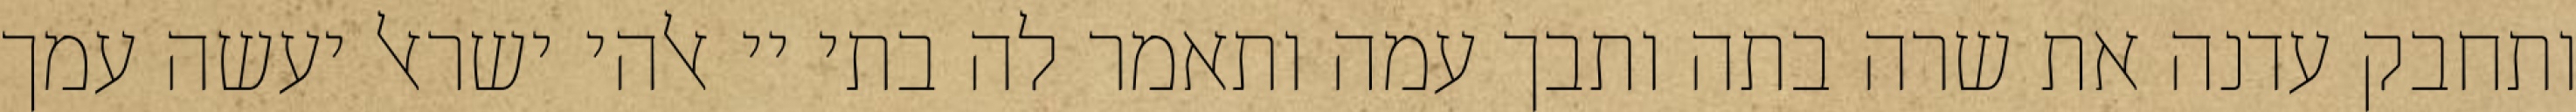
ותחבק עדנה את שרה בתה ותבך עמה ותאמר לה בתי יי אלהי ישראל יעשה עמך